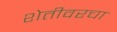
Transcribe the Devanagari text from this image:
शेतीवरचा